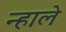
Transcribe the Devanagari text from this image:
न्हाले